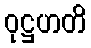
ဝုဋ္ဌဟတိ